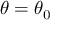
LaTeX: \theta = \theta _ { 0 }